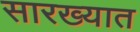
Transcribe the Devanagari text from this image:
सारख्यात